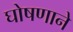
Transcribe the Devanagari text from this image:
घोषणाने